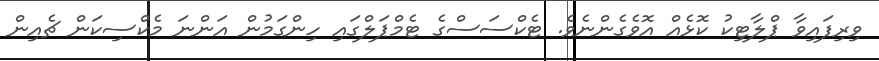
ވިރިފައިވާ ޕްލާޓިކު ކޮޅެއް އޮވެގެންނެވެ. ޓެކްސަސްގެ ޓެމްޕަލްގައި ހިންގަމުން އަންނަ މެކްސިކަން ޗެއިން